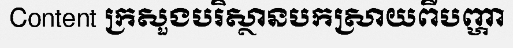
Content ក្រសួងបរិស្ថានបកស្រាយពីបញ្ហា